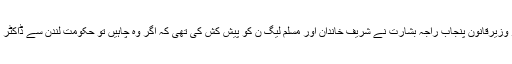
یاد رہے کہ گزشتہ روز وزیرقانون پنجاب راجہ بشارت نے شریف خاندان اور مسلم لیگ ن کو پیش کش کی تھی کہ اگر وہ چاہیں تو حکومت لندن سے ڈاکٹر بلوانے کو بھی تیار ہے۔